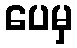
ပေမှ